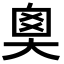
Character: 𡘻